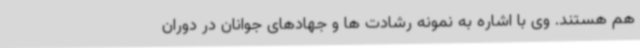
هم هستند. وی با اشاره به نمونه رشادت ها و جهادهای جوانان در دوران